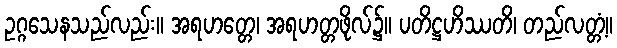
ဥဂ္ဂသေနသည်လည်း။ အရဟတ္တေ၊ အရဟတ္တဖိုလ်၌။ ပတိဋ္ဌဟိဿတိ၊ တည်လတ္တံ့။